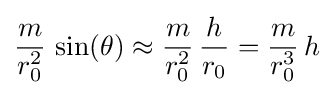
{\frac {m}{r_{0}^{2}}}\,\sin(\theta )\approx {\frac {m}{r_{0}^{2}}}\,{\frac {h}{r_{0}}}={\frac {m}{r_{0}^{3}}}\,h